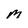
Character: M